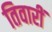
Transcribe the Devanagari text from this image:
तिवारीं